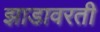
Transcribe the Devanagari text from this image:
झाडावरती